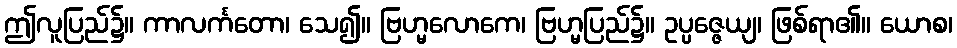
ဤလူပြည်၌။ ကာလင်္ကတော၊ သေ၍။ ဗြဟ္မလောကေ၊ ဗြဟ္မပြည်၌။ ဥပ္ပဇ္ဇေယျ၊ ဖြစ်ရာ၏။ ယောစ၊